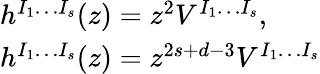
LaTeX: \begin{array}{l}{{h^{I_{1}\ldots I_{s}}(z)=z^{2}V^{I_{1}\ldots I_{s}},\; \; }}\\ {{h^{I_{1}\ldots I_{s}}(z)=z^{2s+d-3}V^{I_{1}\ldots I_{s}}}}\end{array}